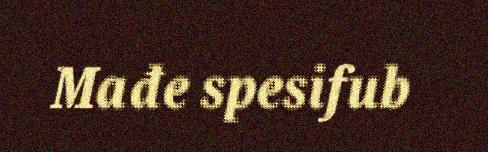
Mađe spesifub